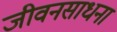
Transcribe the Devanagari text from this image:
जीवनसाधना